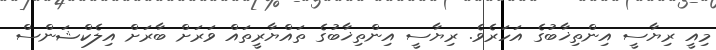
މިއީ ރިޔާސީ އިންތިޚާބުގެ އަހަރެވެ. ރިޔާސީ އިންތިޚާބުގެ ތައްޔާރީތައް ވަރަށް ބާރަށް އިލެކްޝަންސް